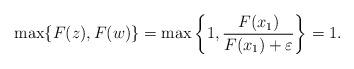
LaTeX: \begin{align*}\max\{F(z),F(w)\}=\max\left\{1,\frac{F(x_1)}{F(x_1)+\varepsilon}\right\}=1.\end{align*}